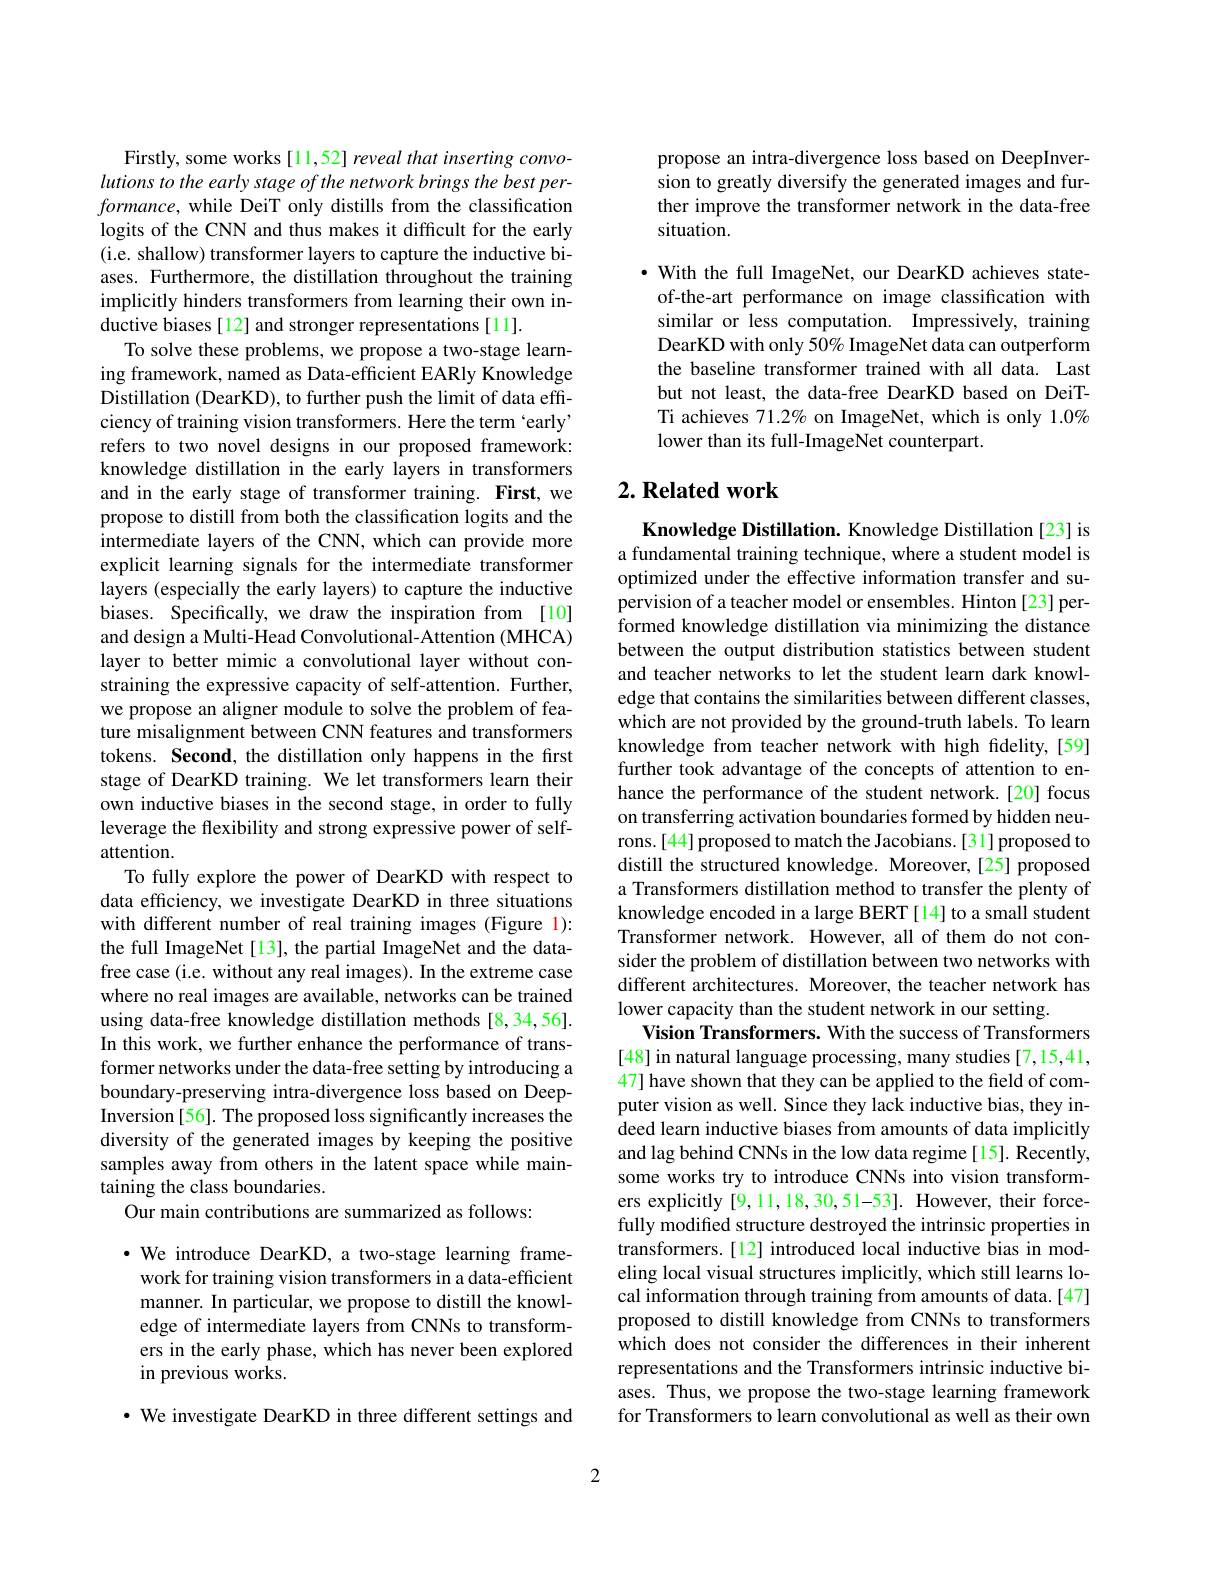
Firstly, some works[11,52] reveal that inserting convolutions to the early stage of the network brings the best per- $formance$, while DeiT only distills from the classification logits of the CNN and thus makes it difficult for the early (i.e. shallow) transformer layers to capture the inductive biases. Furthermore, the distillation throughout the training implicitly hinders transformers from learning their own inductive biases [12] and stronger representations [11].
To solve these problems, we propose a two-stage learning framework, named as Data-efficient EARly Knowledge Distillation (DearKD), to further push the limit of data effciency of training vision transformers. Here the term `early" refers to two novel designs in our proposed framework: knowledge distillation in the early layers in transformers and in the early stage of transformer training. First, we propose to distill from both the classification logits and the intermediate layers of the CNN, which can provide more explicit learning signals for the intermediate transformer layers (especially the early layers) to capture the inductive biases. Specifically, we draw the inspiration from [10] and design a Multi-Head Convolutional-Attention (MHCA) layer to better mimic a convolutional layer without constraining the expressive capacity of self-attention. Further, we propose an aligner module to solve the problem of feature misalignment between CNN features and transformers tokens. Second, the distillation only happens in the first stage of DearKD training. We let transformers learn their own inductive biases in the second stage, in order to fully leverage the flexibility and strong expressive power of selfattention.
To fully explore the power of DearKD with respect to data efficiency, we investigate DearKD in three situations with different number of real training images (Figure l): the full ImageNet [13], the partial ImageNet and the datafree case (i.e. without any real images). In the extreme case where no real images are available, networks can be trained using data-free knowledge distillation methods [8,34,56]. In this work, we further enhance the performance of transformer networks under the data-free setting by introducing a boundary-preserving intra-divergence loss based on DeepInversion[56]. The proposed loss significantly increases the diversity of the generated images by keeping the positive samples away from others in the latent space while maintaining the class boundaries.
Our main contributions are summarized as follows:
·We introduce DearKD, a two-stage learning frame-

work for training vision transformers in a data-efficient manner. In particular, we propose to distill the knowledge of intermediate layers from CNNs to transformers in the early phase, which has never been explored in previous works.

$\cdot$ We investigate DearKD in three different settings and

propose an intra-divergence loss based on DeepInversion to greatly diversify the generated images and further improve the transformer network in the data-free situation.

· With the full ImageNet, our DearKD achieves stateof-the-art performance on image classification with similar or less computation. Impressively, training DearKD with only 50% ImageNet data can outperform the baseline transformer trained with all data. Last but not least, the data-free DearKD based on DeiTTi achieves 71.2% on ImageNet, which is only 1.0% lower than its full-ImageNet counterpart.

## $2. \textbf{Related work}$

Knowledge Distillation. Knowledge Distillation [23] is a fundamental training technique, where a student model is optimized under the effective information transfer and supervision of a teacher model or ensembles. Hinton [23] performed knowledge distillation via minimizing the distance between the output distribution statistics between student and teacher networks to let the student learn dark knowledge that contains the similarities between different classes, which are not provided by the ground-truth labels. To learn knowledge from teacher network with high fidelity,[59] further took advantage of the concepts of attention to enhance the performance of the student network.[20] focus on transferring activation boundaries formed by hidden neurons.[44] proposed to match the Jacobians.[31] proposed to distill the structured knowledge. Moreover,[25] proposed a Transformers distillation method to transfer the plenty of knowledge encoded in a large BERT [14] to a small student Transformer network. However, all of them do not consider the problem of distillation between two networks with different architectures. Moreover, the teacher network has lower capacity than the student network in our setting.
Vision Transformers. With the success of Transformers [48] in natural language processing, many studies [7,15,41, 47] have shown that they can be applied to the field of computer vision as well. Since they lack inductive bias, they indeed learn inductive biases from amounts of data implicitly and lag behind CNNs in the low data regime[15]. Recently, some works try to introduce CNNs into vision transformers explicitly [9,11,18,30,51-53]. However, their forcefully modified structure destroyed the intrinsic properties in transformers.[12] introduced local inductive bias in modeling local visual structures implicitly, which still learns local information through training from amounts of data. [47] proposed to distill knowledge from CNNs to transformers which does not consider the differences in their inherent representations and the Transformers intrinsic inductive biases. Thus, we propose the two-stage learning framework for Transformers to learn convolutional as well as their own

2